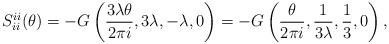
LaTeX: \begin{align*}S_{ii}^{ii}(\theta )=-G\left( \frac{3\lambda \theta }{2\pi i},3\lambda,-\lambda ,0\right) =-G\left( \frac \theta {2\pi i},\frac 1{3\lambda},\frac13,0\right) ,\end{align*}